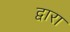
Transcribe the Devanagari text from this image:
द्वारा